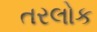
તરલોક